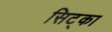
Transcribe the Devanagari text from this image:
सिट्का